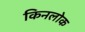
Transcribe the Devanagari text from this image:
किनलोक